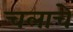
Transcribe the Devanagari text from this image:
चलाचे